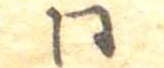
同